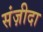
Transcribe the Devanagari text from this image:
संज़ीदा